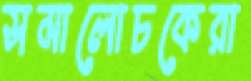
সমালোচকেরা